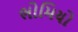
ભોમિયો